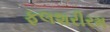
ફલશરીરમ